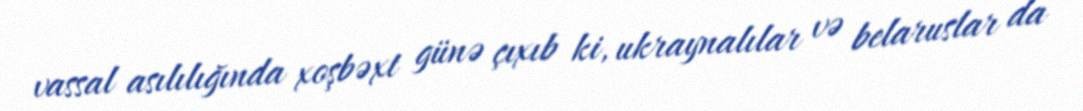
vassal asılılığında xoşbəxt günə çıxıb ki, ukraynalılar və belaruslar da